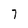
Character: 7